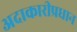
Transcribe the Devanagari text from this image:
अदाकारीप्रधान